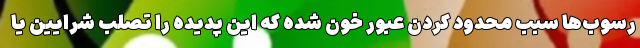
رسوب‌ها سبب محدود کردن عبور خون شده که این پدیده را تصلب شرایین یا